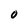
Character: O